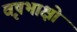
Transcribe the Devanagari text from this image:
वृषभाक्षो